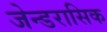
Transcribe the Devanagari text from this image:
जेन्डरासिक